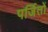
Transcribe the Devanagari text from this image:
पर्जितों